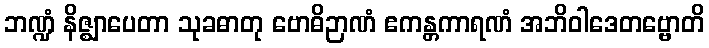
ဘဏ္ဍံ နိဇ္ဈာပေတာ သုခဓာတု ဗောဓိဉာဏံ ဧကန္တကာရဏံ အဘိဝါဒေတဗ္ဗောတိ